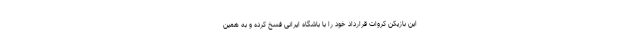
این بازیکن کروات قرارداد خود را با باشگاه ایرانی فسخ کرده و به همین